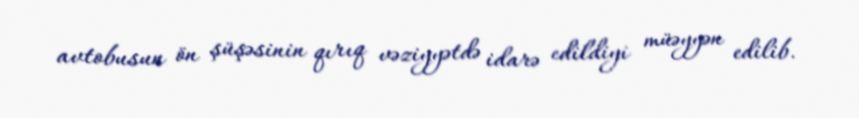
avtobusun ön şüşəsinin qırıq vəziyyətdə idarə edildiyi müəyyən edilib.